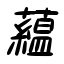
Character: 蘊